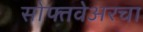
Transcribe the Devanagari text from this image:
सोफ्तवेअरचा